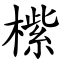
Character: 橴